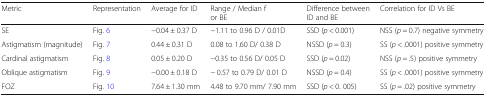
<table><thead><tr><td><b>Metric</b></td><td><b>Representation</b></td><td><b>Average for ID</b></td><td><b>Range / Median for BE</b></td><td><b>Difference between ID and BE</b></td><td><b>Correlation for ID Vs BE</b></td></tr></thead><tbody><tr><td>SE</td><td>Fig. 6</td><td>−0.04 ± 0.37 D</td><td>−1.11 to 0.96 D / 0.01D</td><td>SSD (<i>p</i> &lt; 0.001)</td><td>NSS (<i>p</i> = 0.7) negative symmetry</td></tr><tr><td>Astigmatism (magnitude)</td><td>Fig. 7</td><td>0.44 ± 0.31 D</td><td>0.08 to 1.60 D/ 0.38 D</td><td>NSSD (<i>p</i> = 0.3)</td><td>SS (<i>p</i> &lt; .0001) positive symmetry</td></tr><tr><td>Cardinal astigmatism</td><td>Fig. 8</td><td>0.05 ± 0.20 D</td><td>−0.35 to 0.56 D/ 0.05 D</td><td>SSD (<i>p</i> = 0.02)</td><td>NSS (<i>p</i> = .5) positive symmetry</td></tr><tr><td>Oblique astigmatism</td><td>Fig. 9</td><td>−0.00 ± 0.18 D</td><td>− 0.57 to 0.79 D/ 0.01 D</td><td>NSSD (<i>p</i> = 0.4)</td><td>SS (<i>p</i> &lt; .0001) positive symmetry</td></tr><tr><td>FOZ</td><td>Fig. 10</td><td>7.64 ± 1.30 mm</td><td>4.48 to 9.70 mm/ 7.90 mm</td><td>SSD (<i>p</i> &lt; 0. 005)</td><td>SS (<i>p</i> = .02) positive symmetry</td></tr></tbody></table>